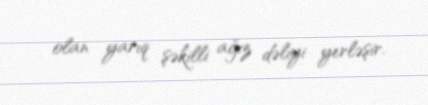
olan yarıq şəkilli ağız dəliyi yerləşir.